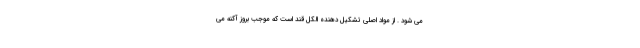
می شود . از مواد اصلی تشکیل دهنده الکل قند است که موجب بروز آکنه می